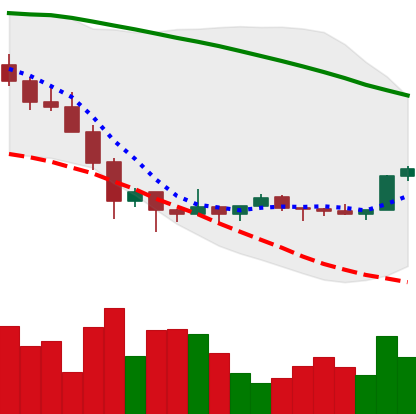
Ticker: XMR-USD
Chart end date: 2022-02-05
Forward return: 6.38%
Label: up_5_7